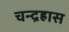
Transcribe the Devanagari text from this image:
चन्द्रह्रास